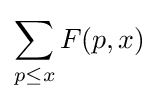
\sum _{p\leq x}F(p,x)